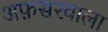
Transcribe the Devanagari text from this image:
अफ़सरवाला